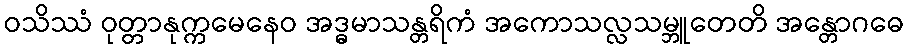
ဝသိဿံ ဝုတ္တာနုက္ကမေနေဝ အဒ္ဓမာသန္တရိကံ အကောသလ္လသမ္ဘူတေတိ အန္တောဂဓေ